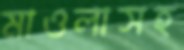
মাওলাসহ